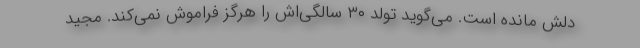
دلش مانده است. می‌گوید تولد ۳۰ سالگی‌اش را هرگز فراموش نمی‌کند. مجید